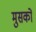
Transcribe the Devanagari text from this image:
मुसकों